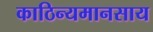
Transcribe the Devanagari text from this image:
काठिन्यमानसाय